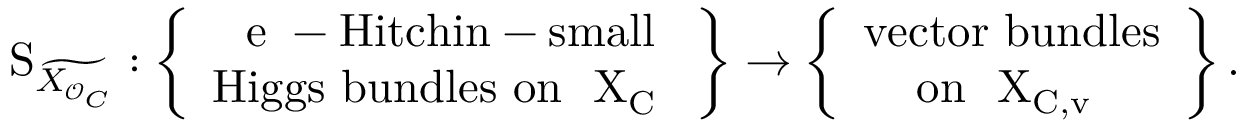
\mathrm { S } _ { \widetilde { X _ { \mathcal { O } _ { C } } } } : \left\{ \begin{array} { c l } { \mathrm { ~ e ~ - H i t c h i n - s m a l l } } \\ { \mathrm { H i g g s ~ b u n d l e s ~ o n ~ { \mathcal ~ X } _ C ~ } } \end{array} \right\} \to \left\{ \begin{array} { c l } { \mathrm { v e c t o r ~ b u n d l e s } } \\ { \mathrm { o n ~ { \mathcal ~ X } _ { C , v } ~ } } \end{array} \right\} .